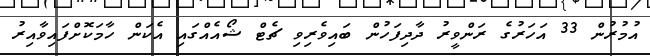
އުމުރުން 33 އަހަރުގެ ރަންވީރު ދާދިފަހުން ބައިވެރިވި ޗެޓް ޝޯއެއްގައި އެކަން ހާމަކޮށްފައިވާއިރު